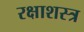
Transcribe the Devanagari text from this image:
रक्षाशस्त्र